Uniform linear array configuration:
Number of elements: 24
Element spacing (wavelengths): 0.75
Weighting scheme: hamming
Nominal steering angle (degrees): -30
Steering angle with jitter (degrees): -30.482
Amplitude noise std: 0.05
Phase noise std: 0.05

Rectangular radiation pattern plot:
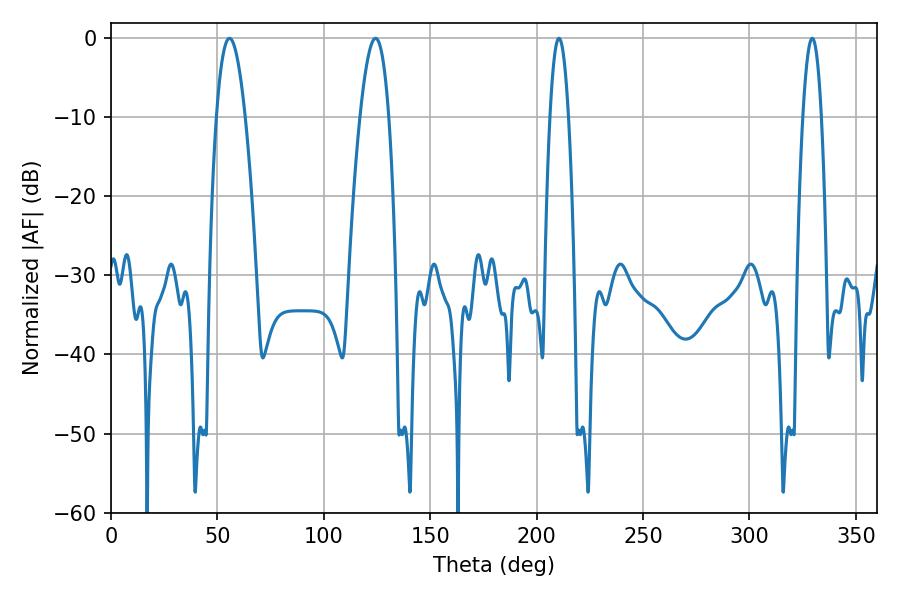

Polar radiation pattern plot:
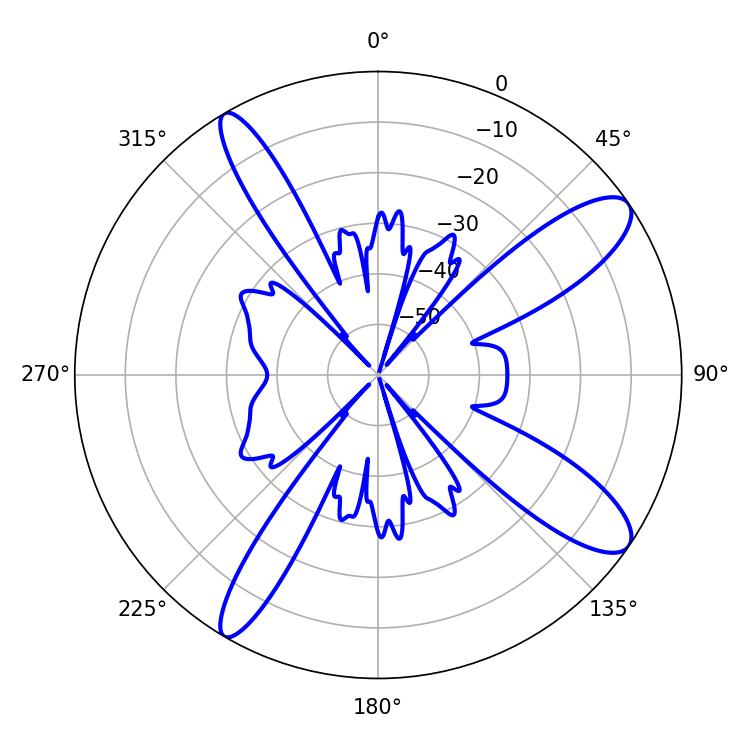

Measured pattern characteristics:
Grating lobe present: TRUE
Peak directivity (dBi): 11.575
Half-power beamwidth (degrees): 7.38
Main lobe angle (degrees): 55.62